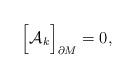
LaTeX: \begin{align*}\Bigr[{\cal A}_{k}\Bigr]_{\partial M}=0 ,\end{align*}